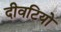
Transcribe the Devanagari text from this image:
दीवटियो